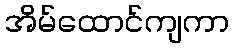
အိမ်ထောင်ကျကာ